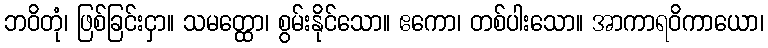
ဘဝိတုံ၊ ဖြစ်ခြင်းငှာ။ သမတ္ထော၊ စွမ်းနိုင်သော။ ဧကော၊ တစ်ပါးသော။ အာကာရဝိကာယော၊